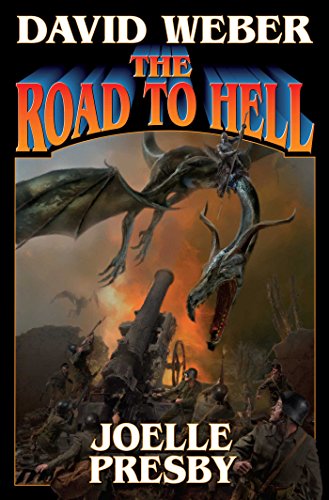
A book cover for The Road to Hell (Multiverse Series); David Weber; Science Fiction & Fantasy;